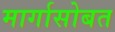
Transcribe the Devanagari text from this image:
मार्गासोबत